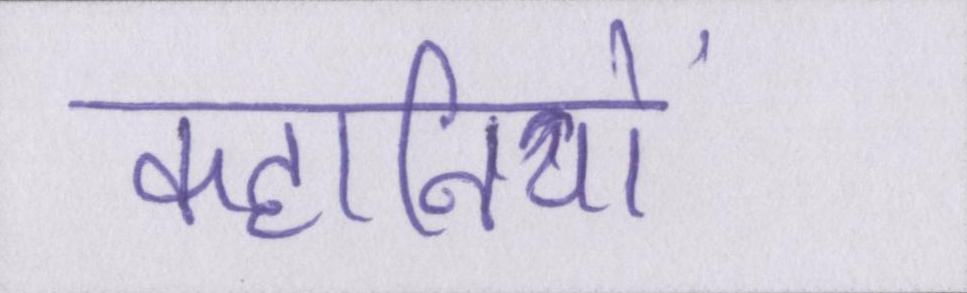
कहानियों